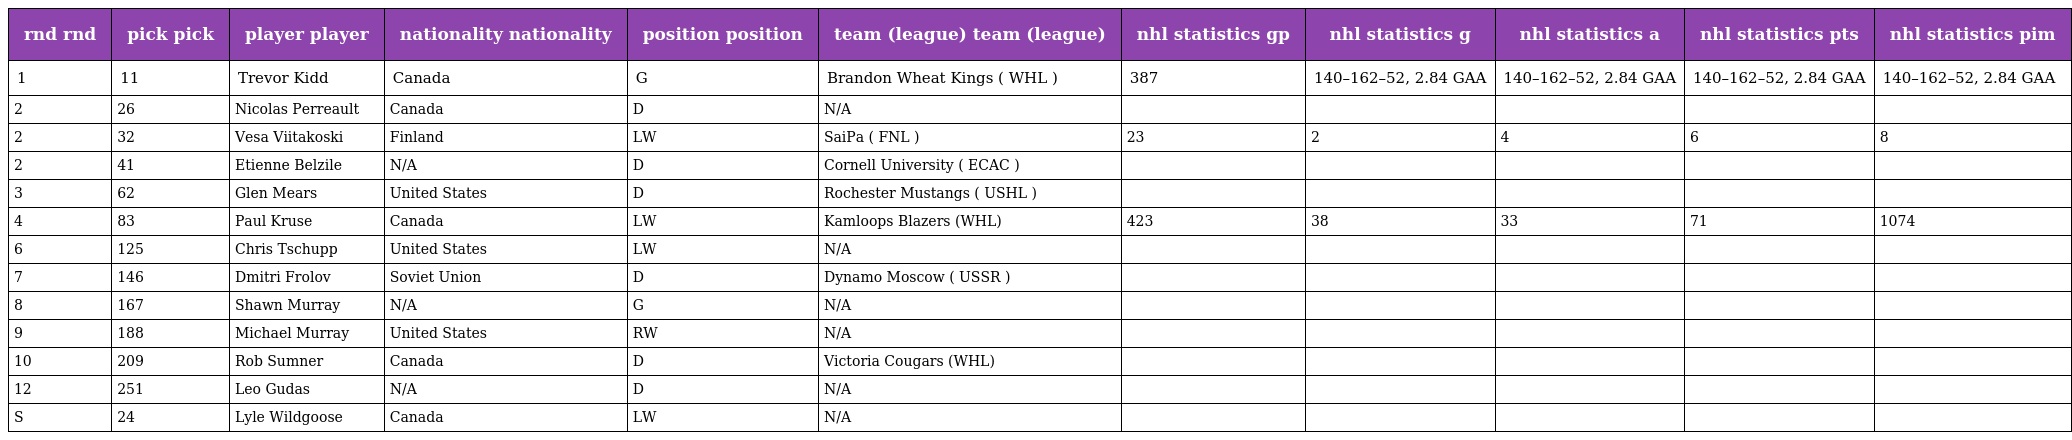
| rnd rnd | pick pick | player player | nationality nationality | position position | team (league) team (league) | nhl statistics gp | nhl statistics g | nhl statistics a | nhl statistics pts | nhl statistics pim |
 | --- | --- | --- | --- | --- | --- | --- | --- | --- | --- | --- |
 | 1 | 11 | Trevor Kidd | Canada | G | Brandon Wheat Kings ( WHL ) | 387 | 140–162–52, 2.84 GAA | 140–162–52, 2.84 GAA | 140–162–52, 2.84 GAA | 140–162–52, 2.84 GAA |
 | 2 | 26 | Nicolas Perreault | Canada | D | N/A |  |  |  |  |  |
 | 2 | 32 | Vesa Viitakoski | Finland | LW | SaiPa ( FNL ) | 23 | 2 | 4 | 6 | 8 |
 | 2 | 41 | Etienne Belzile | N/A | D | Cornell University ( ECAC ) |  |  |  |  |  |
 | 3 | 62 | Glen Mears | United States | D | Rochester Mustangs ( USHL ) |  |  |  |  |  |
 | 4 | 83 | Paul Kruse | Canada | LW | Kamloops Blazers (WHL) | 423 | 38 | 33 | 71 | 1074 |
 | 6 | 125 | Chris Tschupp | United States | LW | N/A |  |  |  |  |  |
 | 7 | 146 | Dmitri Frolov | Soviet Union | D | Dynamo Moscow ( USSR ) |  |  |  |  |  |
 | 8 | 167 | Shawn Murray | N/A | G | N/A |  |  |  |  |  |
 | 9 | 188 | Michael Murray | United States | RW | N/A |  |  |  |  |  |
 | 10 | 209 | Rob Sumner | Canada | D | Victoria Cougars (WHL) |  |  |  |  |  |
 | 12 | 251 | Leo Gudas | N/A | D | N/A |  |  |  |  |  |
 | S | 24 | Lyle Wildgoose | Canada | LW | N/A |  |  |  |  |  |